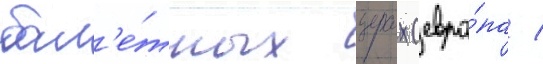
бал'е́тных турах (евро́па /